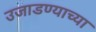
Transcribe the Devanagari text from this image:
उजाडण्याच्या